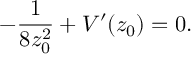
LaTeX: - \frac { 1 } { 8 z _ { 0 } ^ { 2 } } + V ^ { \prime } ( z _ { 0 } ) = 0 .